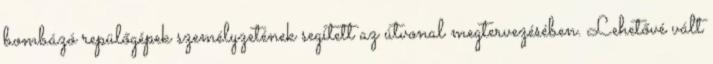
bombázó repülőgépek személyzetének segített az útvonal megtervezésében. Lehetővé vált